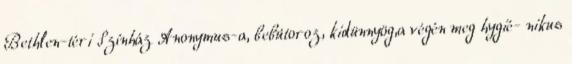
Bethlen-téri Színház Anonymus-a, bebútoroz, kidünnyög,a végén meg hygié- nikus